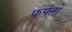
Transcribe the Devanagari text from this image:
फफ्तों